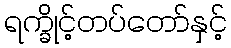
ရက္ခိုင့်တပ်တော်နှင့်